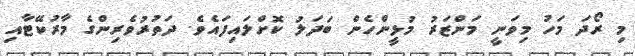
މި ރޯދަ މަހު މިވަނީ މަންޒަރު މުޅީންހެން ބަދަލު ކޮށްލައިފައެވެ. ދަތުރުވެރިންގެ މާރުކޭޓާއި